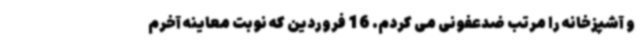
و آشپزخانه را مرتب ضدعفونی می کردم. 16 فروردین که نوبت معاینه آخرم